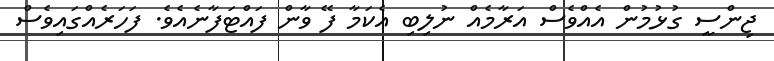
ޖިންސީ ގުޅުމުން އެއްވެސް އަރާމެއް ނުލިބި އެކަމާ ފޭ ވާން ފައްޓަފާނެއެވެ. ފަހަރެއްގައިވެސް